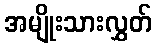
အမျိုးသားလွှတ်